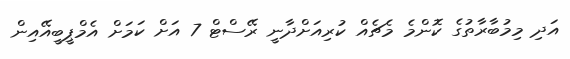
އަދި މިމުބާރާތުގެ ކޮންމެ މެޗެއް ކުރިއަށްދާނީ ރޭސްޓް 7 އަށް ކަމަށް އެމްޕީބީއޭއިން